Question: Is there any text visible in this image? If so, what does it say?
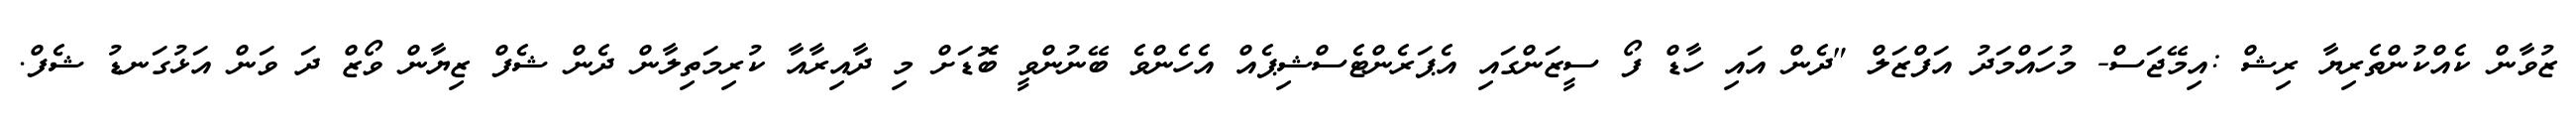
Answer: ޒުވާން ކެއްކުންތެރިޔާ ރިޝް :އިމޭޖަސް- މުހައްމަދު އަފްޒަލް "ދެން އައި ހާޑް ފޯ ސީޒަންގައި އެޕަރެންޓެސްޝިޕެއް އެހެންވެ ބޭނުންވީ ބޮޑަށް މި ދާއިރާއާ ކުރިމަތިލާން ދެން ޝެފް ޒިޔާން ވޯޒް ދަ ވަން އަޅުގަނޑު ޝެފް.